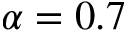
\alpha = 0 . 7